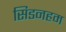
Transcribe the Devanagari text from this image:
सिडनहम